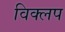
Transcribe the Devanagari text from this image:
विक्लप